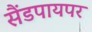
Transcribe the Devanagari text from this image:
सैंडपायपर